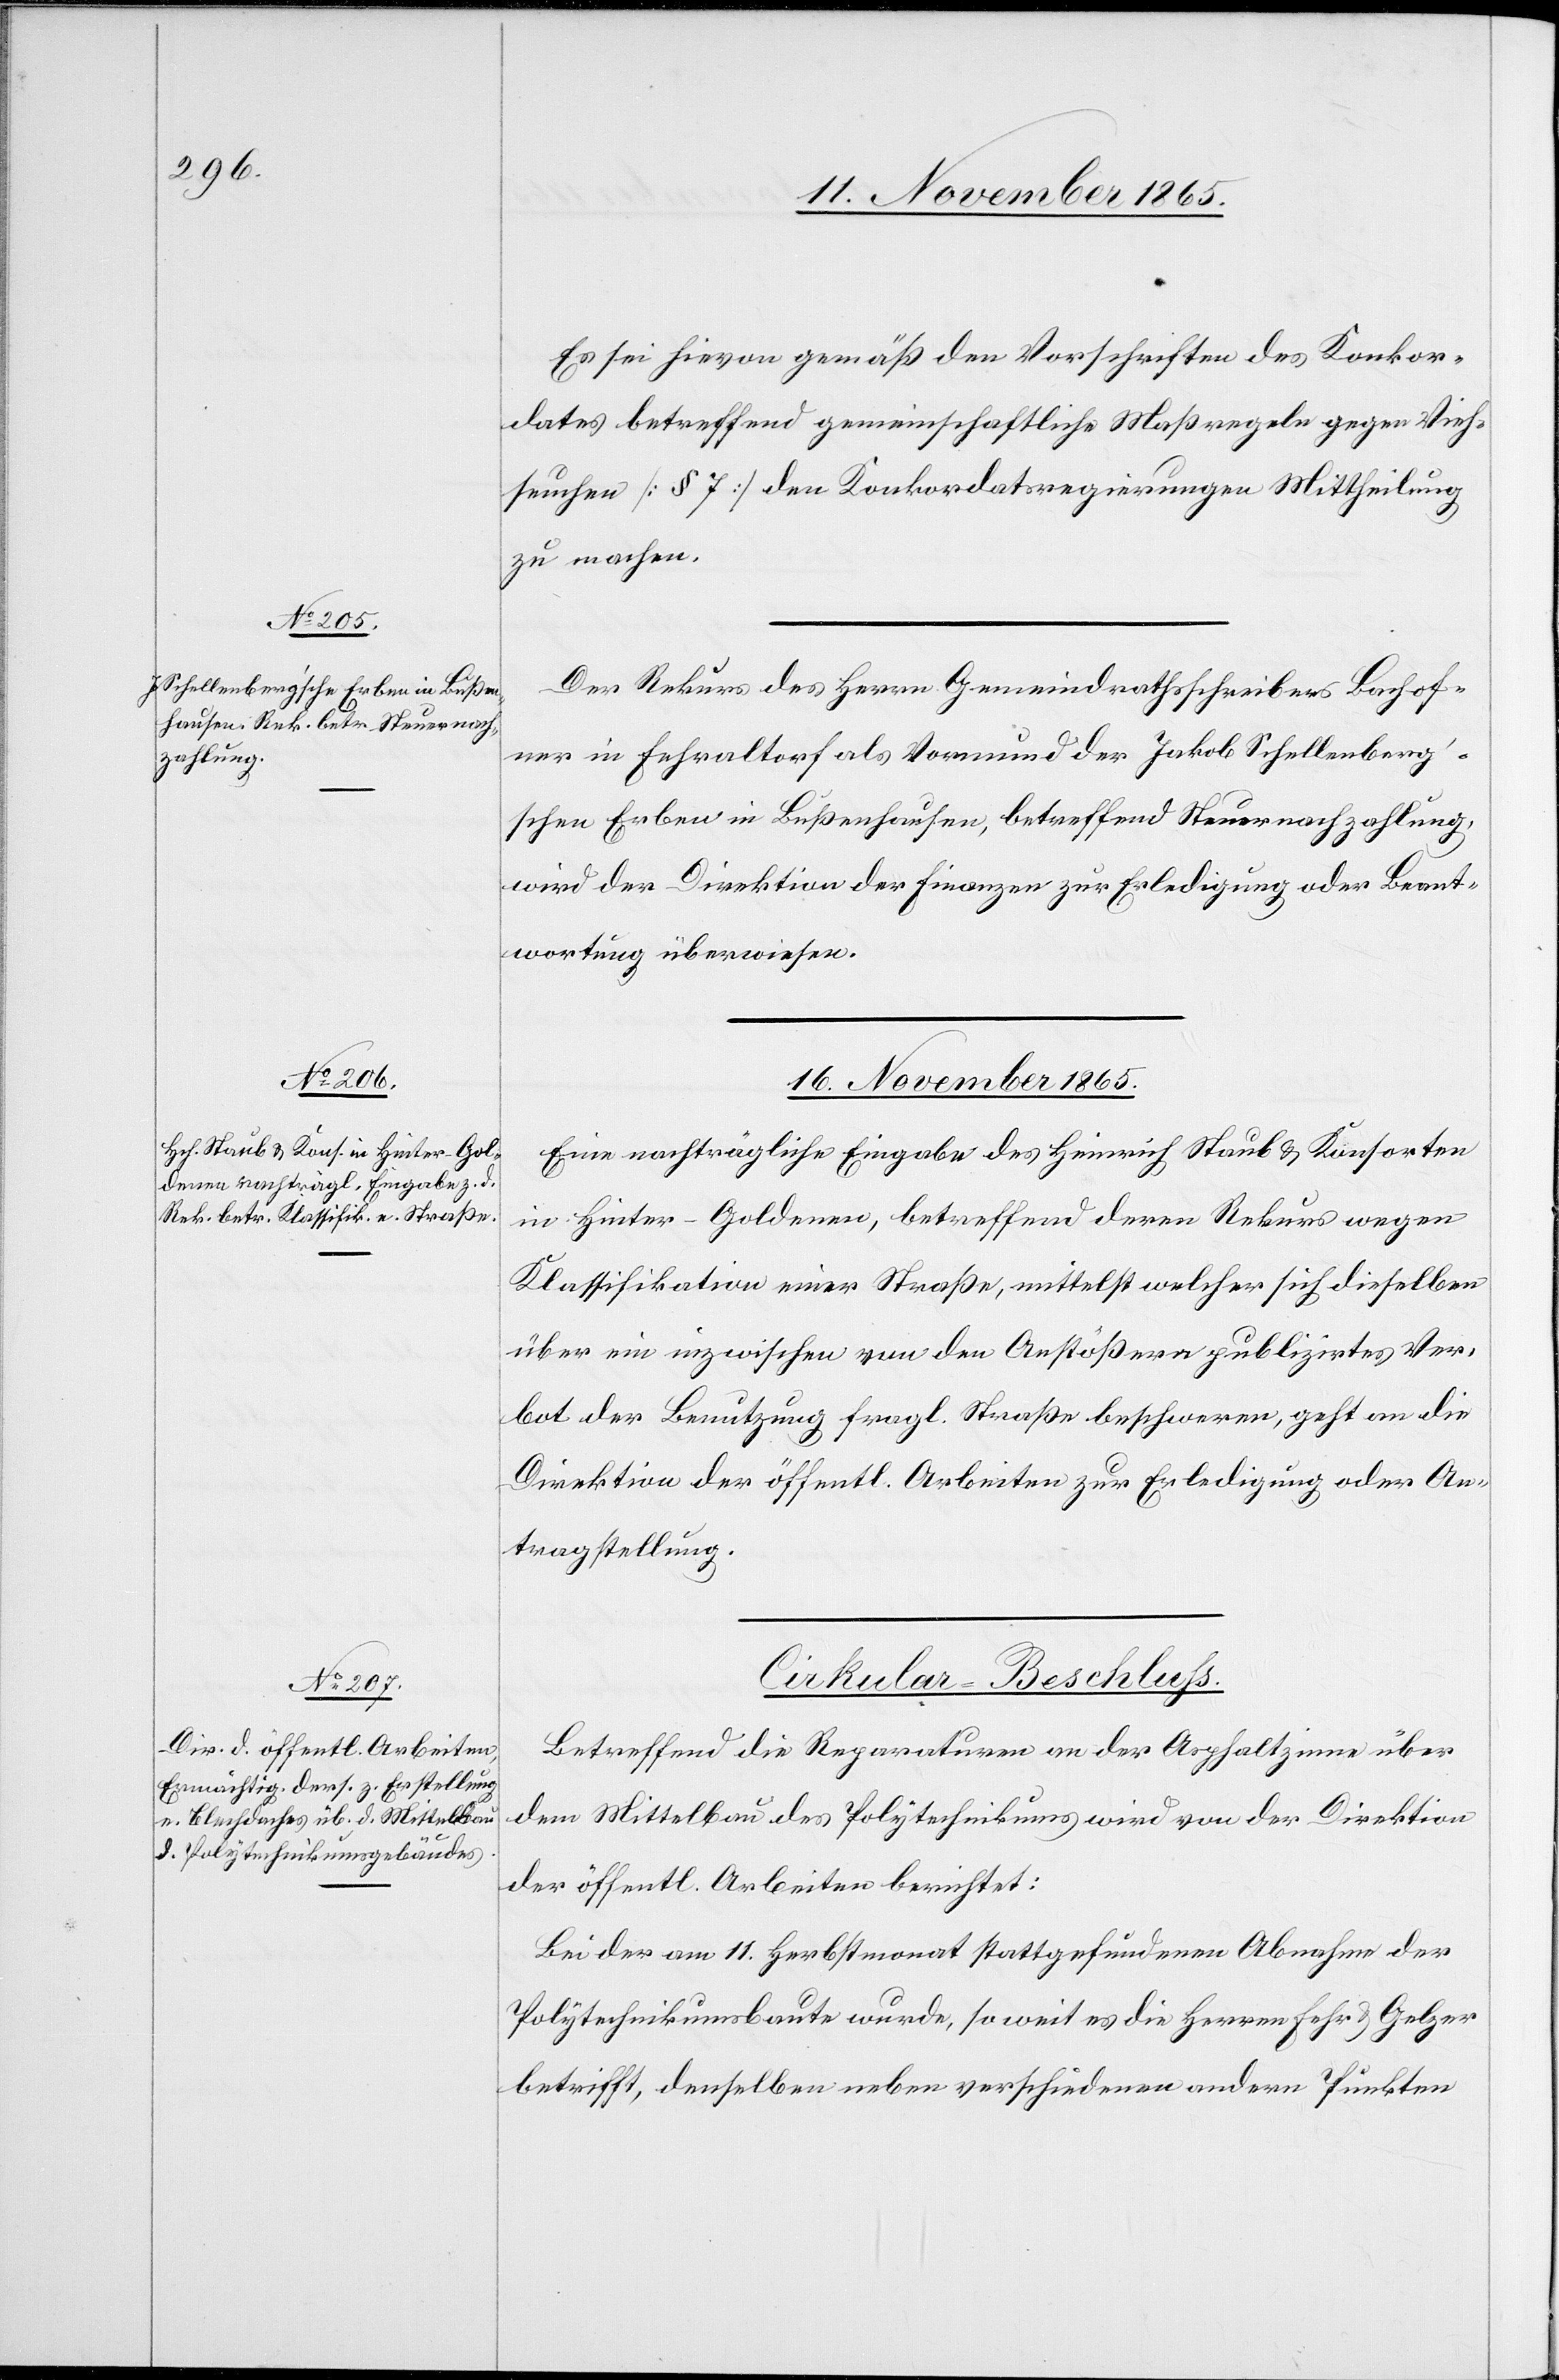
Es sei hievon gemäß den Vorschriften des Konkor¬
dates betreffend gemeinschaftliche Maßgabe gegen Vieh¬
seuchen [§ 7] den Konkordatsregierungen Mittheilung
zu machen.
Der Rekurs des Herrn Gemeindrathsschreibers Bachof¬
ner in Fehraltorf als Vormund der Jakob Schellenberg’s¬
chen Erben in Bußenhausen, betreffend Steuernachzahlung,
wird der Direktion der Finanzen zur Erledigung oder Beant¬
wortung überwiesen.
[16. November 1865.]
Eine nachträgliche Eingabe des Heinrich Staub & Konsorten
in Hinter-Goldenen, betreffend deren Rekurs wegen
Klassifikation einer Straße, mittelst welcher sich dieselben
über ein inzwischen von den Anstößern publizirtes Ver¬
bot der Benutzung fragl. Straße beschweren, geht an die
Direktion der öffentl. Arbeiten zur Erledigung oder An¬
tragstellung.
Cirkular-Beschluss.
Betreffend die Reparaturen an der Asphaltzinne über
dem Mittelbau des Polytechnikums wird von der Direktion
der öffentl. Arbeiten berichtet:
Bei der am 11. Herbstmonat stattgefundenen Abnahme der
Polytechnikumsbaute wurde, so weit es die Herren Fehr & Gelzer
betrifft, denselben neben verschiedenen andern Punkten